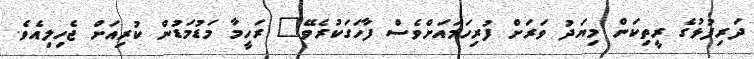
ދަރިފުޅުގެ ރީތިކަން މިޔަދު ވަރަށް ފުރިހަމައަށްވެސް ފާހަގަކުރެވޭ" ރަހީމާ މަޑުމަޑުން ކުރިއަށް ޖެހިލިއެވެ.